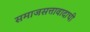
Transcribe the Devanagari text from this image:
समाजसत्तावादाची